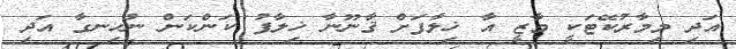
އަދި މިމާރުކޭޓަކީ މާޒީ އާ ޚިލާފަށް ޤާނޫނާ ޚިލާފު ކަންކަން ނުހިނގާ އަދި